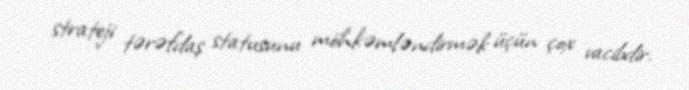
strateji tərəfdaş statusunu möhkəmləndirmək üçün çox vacibdir.